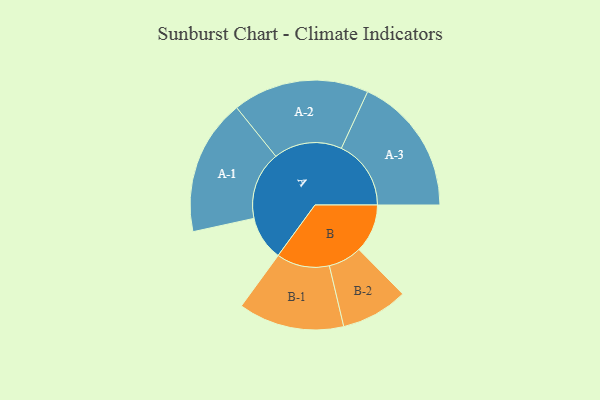
{"axis": {"x": "Segment", "y": "Value"}, "legend": ["", "A", "B"], "data": [{"x": "A", "y": 183, "type": ""}, {"x": "B", "y": 200, "type": ""}, {"x": "A-1", "y": 280, "type": "A"}, {"x": "A-2", "y": 281, "type": "A"}, {"x": "A-3", "y": 287, "type": "A"}, {"x": "B-1", "y": 218, "type": "B"}, {"x": "B-2", "y": 138, "type": "B"}]}